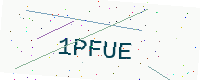
Text: 1PFUE